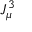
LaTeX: J _ { \mu } ^ { 3 }